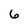
Character: 6